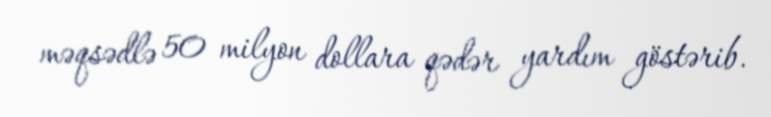
məqsədlə 50 milyon dollara qədər yardım göstərib.